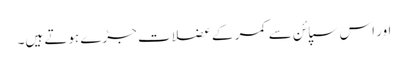
اور اس سپائن سے کمر کے عضلات جڑے ہوتے ہیں۔